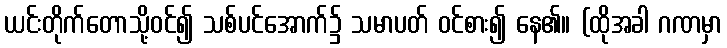
ယင်းတိုက်တောသို့ဝင်၍ သစ်ပင်အောက်၌ သမာပတ် ဝင်စား၍ နေ၏။ (ထိုအခါ ဂဏမှာ